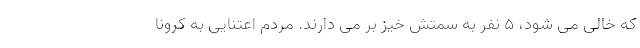
که خالی می شود، ۵ نفر به سمتش خیز بر می دارند. مردم اعتنایی به کرونا